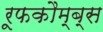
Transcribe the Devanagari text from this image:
रूफकौम्ब्स